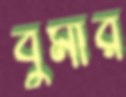
বুর্মার